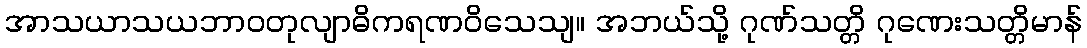
အာသယာသယဘာဝတုလျာဓိကရဏဝိသေသျ။ အဘယ်သို့ ဂုဏ်သတ္တိ ဂုဏေးသတ္တိမာန်